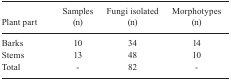
<table><thead><tr><td><b> Plant part</b></td><td><b> Samples(n)</b></td><td><b> Fungi isolated(n)</b></td><td><b> Morphotypes(n)</b></td></tr></thead><tbody><tr><td> Barks</td><td> 10</td><td> 34</td><td> 14</td></tr><tr><td> Stems</td><td> 13</td><td> 48</td><td> 10</td></tr><tr><td> Total</td><td> -</td><td> 82</td><td> -</td></tr></tbody></table>